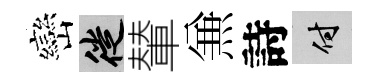
巒徙輦𠔥詩付